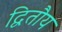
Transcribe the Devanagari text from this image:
द्वितौय